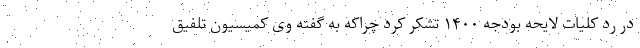
در رد کلیات لایحه بودجه ۱۴۰۰ تشکر کرد چراکه به گفته وی کمیسیون تلفیق